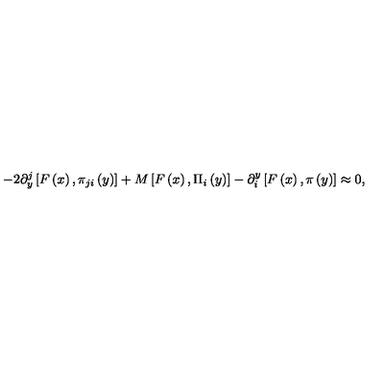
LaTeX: - 2 \partial _ { y } ^ { j } \left[ F \left( x \right) , \pi _ { j i } \left( y \right) \right] + M \left[ F \left( x \right) , \Pi _ { i } \left( y \right) \right] - \partial _ { i } ^ { y } \left[ F \left( x \right) , \pi \left( y \right) \right] \approx 0 ,